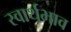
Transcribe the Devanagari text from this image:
स्वार्थभाव